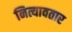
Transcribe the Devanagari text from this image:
नित्यावतार